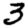
Digit: 3